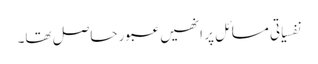
نفسیاتی مسائل پر انھیں عبور حاصل تھا۔